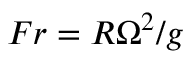
F r = R \Omega ^ { 2 } / g